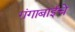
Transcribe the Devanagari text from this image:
गंगाबाईंचे